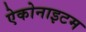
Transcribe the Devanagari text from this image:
ऐकोनाइटम